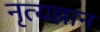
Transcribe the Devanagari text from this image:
नृत्यज्ञान